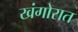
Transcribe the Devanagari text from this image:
खंगोरात